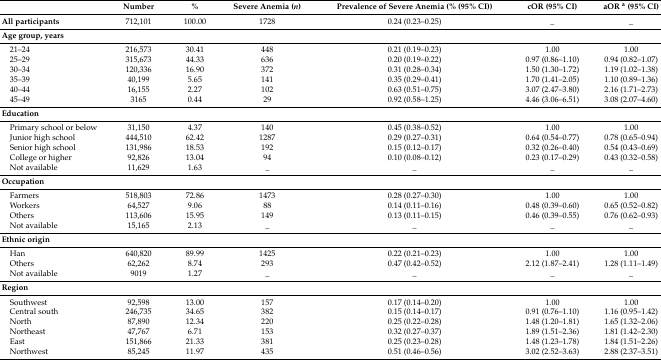
<table><thead><tr><td></td><td><b>Number</b></td><td><b>%</b></td><td><b>Severe Anemia (<i>n</i>)</b></td><td><b>Prevalence of Severe Anemia (% (95% CI))</b></td><td><b>cOR (95% CI)</b></td><td><b>aOR <sup>a</sup> (95% CI)</b></td></tr></thead><tbody><tr><td><b>All participants</b></td><td>712,101</td><td>100.00</td><td>1728</td><td>0.24 (0.23–0.25)</td><td>_</td><td>_</td></tr><tr><td colspan="7"><b>Age group, years</b></td></tr><tr><td> 21–24</td><td>216,573</td><td>30.41</td><td>448</td><td>0.21 (0.19–0.23)</td><td>1.00</td><td>1.00</td></tr><tr><td> 25–29</td><td>315,673</td><td>44.33</td><td>636</td><td>0.20 (0.19–0.22)</td><td>0.97 (0.86–1.10)</td><td>0.94 (0.82–1.07)</td></tr><tr><td> 30–34</td><td>120,336</td><td>16.90</td><td>372</td><td>0.31 (0.28–0.34)</td><td>1.50 (1.30–1.72)</td><td>1.19 (1.02–1.38)</td></tr><tr><td> 35–39</td><td>40,199</td><td>5.65</td><td>141</td><td>0.35 (0.29–0.41)</td><td>1.70 (1.41–2.05)</td><td>1.10 (0.89–1.36)</td></tr><tr><td> 40–44</td><td>16,155</td><td>2.27</td><td>102</td><td>0.63 (0.51–0.75)</td><td>3.07 (2.47–3.80)</td><td>2.16 (1.71–2.73)</td></tr><tr><td> 45–49</td><td>3165</td><td>0.44</td><td>29</td><td>0.92 (0.58–1.25)</td><td>4.46 (3.06–6.51)</td><td>3.08 (2.07–4.60)</td></tr><tr><td colspan="7"><b>Education</b></td></tr><tr><td> Primary school or below</td><td>31,150</td><td>4.37</td><td>140</td><td>0.45 (0.38–0.52)</td><td>1.00</td><td>1.00</td></tr><tr><td> Junior high school</td><td>444,510</td><td>62.42</td><td>1287</td><td>0.29 (0.27–0.31)</td><td>0.64 (0.54–0.77)</td><td>0.78 (0.65–0.94)</td></tr><tr><td> Senior high school</td><td>131,986</td><td>18.53</td><td>192</td><td>0.15 (0.12–0.17)</td><td>0.32 (0.26–0.40)</td><td>0.54 (0.43–0.69)</td></tr><tr><td> College or higher</td><td>92,826</td><td>13.04</td><td>94</td><td>0.10 (0.08–0.12)</td><td>0.23 (0.17–0.29)</td><td>0.43 (0.32–0.58)</td></tr><tr><td> Not available</td><td>11,629</td><td>1.63</td><td>_</td><td>_</td><td>_</td><td>_</td></tr><tr><td colspan="7"><b>Occupation</b></td></tr><tr><td> Farmers</td><td>518,803</td><td>72.86</td><td>1473</td><td>0.28 (0.27–0.30)</td><td>1.00</td><td>1.00</td></tr><tr><td> Workers</td><td>64,527</td><td>9.06</td><td>88</td><td>0.14 (0.11–0.16)</td><td>0.48 (0.39–0.60)</td><td>0.65 (0.52–0.82)</td></tr><tr><td> Others</td><td>113,606</td><td>15.95</td><td>149</td><td>0.13 (0.11–0.15)</td><td>0.46 (0.39–0.55)</td><td>0.76 (0.62–0.93)</td></tr><tr><td> Not available</td><td>15,165</td><td>2.13</td><td>_</td><td>_</td><td>_</td><td>_</td></tr><tr><td colspan="7"><b>Ethnic origin</b></td></tr><tr><td> Han</td><td>640,820</td><td>89.99</td><td>1425</td><td>0.22 (0.21–0.23)</td><td>1.00</td><td>1.00</td></tr><tr><td> Others</td><td>62,262</td><td>8.74</td><td>293</td><td>0.47 (0.42–0.52)</td><td>2.12 (1.87–2.41)</td><td>1.28 (1.11–1.49)</td></tr><tr><td> Not available</td><td>9019</td><td>1.27</td><td>_</td><td>_</td><td>_</td><td>_</td></tr><tr><td colspan="7"><b>Region</b></td></tr><tr><td> Southwest</td><td>92,598</td><td>13.00</td><td>157</td><td>0.17 (0.14–0.20)</td><td>1.00</td><td>1.00</td></tr><tr><td> Central south</td><td>246,735</td><td>34.65</td><td>382</td><td>0.15 (0.14–0.17)</td><td>0.91 (0.76–1.10)</td><td>1.16 (0.95–1.42)</td></tr><tr><td> North</td><td>87,890</td><td>12.34</td><td>220</td><td>0.25 (0.22–0.28)</td><td>1.48 (1.20–1.81)</td><td>1.65 (1.32–2.06)</td></tr><tr><td> Northeast</td><td>47,767</td><td>6.71</td><td>153</td><td>0.32 (0.27–0.37)</td><td>1.89 (1.51–2.36)</td><td>1.81 (1.42–2.30)</td></tr><tr><td> East</td><td>151,866</td><td>21.33</td><td>381</td><td>0.25 (0.23–0.28)</td><td>1.48 (1.23–1.78)</td><td>1.84 (1.51–2.26)</td></tr><tr><td> Northwest</td><td>85,245</td><td>11.97</td><td>435</td><td>0.51 (0.46–0.56)</td><td>3.02 (2.52–3.63)</td><td>2.88 (2.37–3.51)</td></tr></tbody></table>